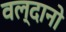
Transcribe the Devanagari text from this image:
वल्दानो